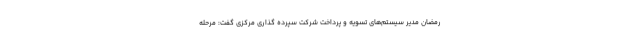
رمضان مدیر سیستم‌های تسویه و پرداخت شرکت سپرده گذاری مرکزی گفت: مرحله